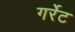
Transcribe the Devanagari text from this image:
गर्रेट